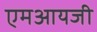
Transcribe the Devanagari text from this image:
एमआयजी